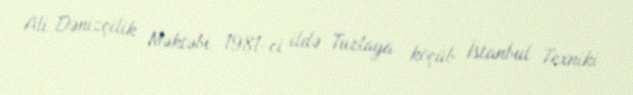
Ali Dənizçilik Məktəbi 1981-ci ildə Tuzlaya köçüb İstanbul Texniki